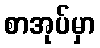
စာအုပ်မှာ